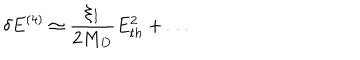
\delta E ^ { ( 4 ) } \simeq \frac { \xi _ { I } } { 2 M _ { D } } E _ { t h } ^ { 2 } + \dots